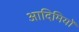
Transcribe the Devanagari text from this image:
आदिमियों